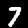
Label: 7